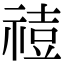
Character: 𥚧